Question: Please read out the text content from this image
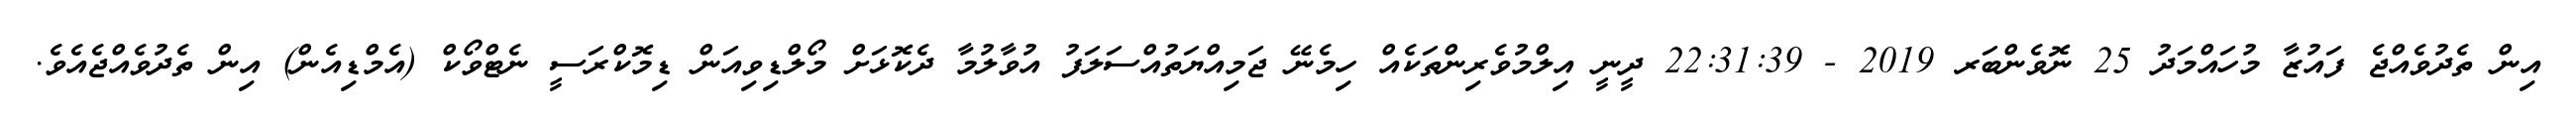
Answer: އިން ތެދުވެއްޖެ ފައުޒާ މުހައްމަދު 25 ނޮވެންބަރ 2019 - 22:31:39 ދީނީ އިލްމުވެރިންތަކެއް ހިމެނޭ ޖަމިއްޔަތުއްސަލަފު އުވާލުމާ ދެކޮޅަށް މޯލްޑިވިއަން ޑިމޮކްރަސީ ނެޓްވޯކް (އެމްޑިއެން) އިން ތެދުވެއްޖެއެވެ.